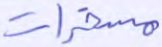
مسخرات